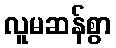
လူမဆန်စွာ